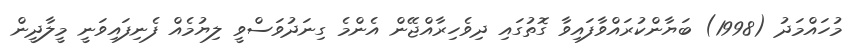
މުހައްމަދު (1998) ބަޔާންކުރައްވާފައިވާ ގޮތުގައި ދިވެހިރާއްޖޭން އެންމެ ގިނަދުވަސްވީ ލިޔުމެއް ފެނިފައިވަނީ މީލާދީން